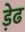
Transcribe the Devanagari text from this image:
ड़ेढ